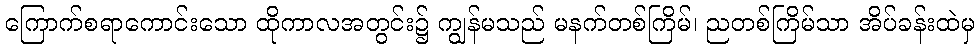
ကြောက်စရာကောင်းသော ထိုကာလအတွင်း၌ ကျွန်မသည် မနက်တစ်ကြိမ်၊ ညတစ်ကြိမ်သာ အိပ်ခန်းထဲမှ